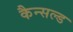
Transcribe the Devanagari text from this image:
कैन्सल्ड